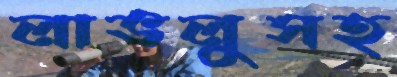
লাভলুসহ